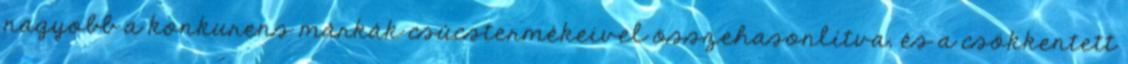
nagyobb a konkurens márkák csúcstermékeivel összehasonlítva, és a csökkentett